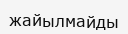
жайылмайды